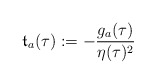
\begin{align*}\mathfrak t_a(\tau):= -\frac{g_a(\tau)}{\eta(\tau)^2}\end{align*}